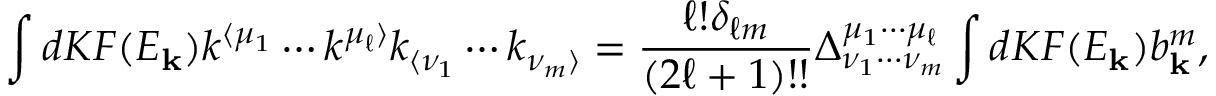
\int d K F ( E _ { \mathbf { k } } ) k ^ { \langle \mu _ { 1 } } \cdots k ^ { \mu _ { \ell } \rangle } k _ { \langle \nu _ { 1 } } \cdots k _ { \nu _ { m } \rangle } = \frac { \ell ! \delta _ { \ell m } } { ( 2 \ell + 1 ) ! ! } \Delta _ { \nu _ { 1 } \cdots \nu _ { m } } ^ { \mu _ { 1 } \cdots \mu _ { \ell } } \int d K F ( E _ { \mathbf { k } } ) b _ { \mathbf { k } } ^ { m } ,